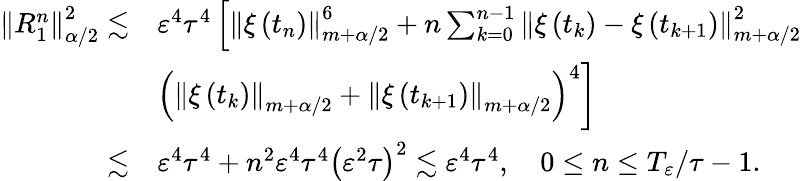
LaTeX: \begin{array}{rl}{\left\| {R}_{1}^{n}\right\| _{\alpha/2}^{2}\lesssim}&{\varepsilon^{4}\tau^{4}\left[\left\| \xi\left(t_{n}\right)\right\| _{m+\alpha/2}^{6}+n\sum_{k=0}^{n-1}\left\| \xi\left(t_{k}\right)-\xi\left(t_{k+1}\right)\right\| _{m+\alpha/2}^{2}\right.}\\ &{\left.\left(\left\| \xi\left(t_{k}\right)\right\| _{m+\alpha/2}+\left\| \xi\left(t_{k+1}\right)\right\| _{m+\alpha/2}\right)^{4}\right]}\\ {\lesssim}&{\varepsilon^{4}\tau^{4}+n^{2}\varepsilon^{4}\tau^{4}\left(\varepsilon^{2}\tau\right)^{2}\lesssim\varepsilon^{4}\tau^{4},\quad 0\leq n\leq T_{\varepsilon}/\tau-1.}\end{array}